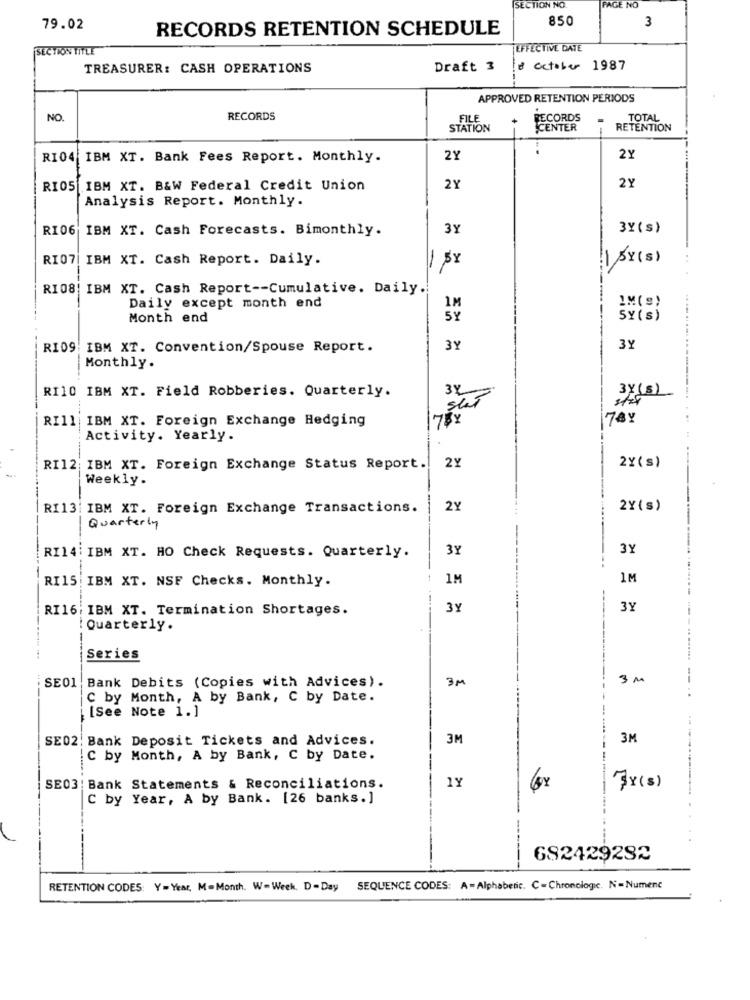
SECTION NO.
PAGE NO
850
3
79.02
RECORDS RETENTION SCHEDULE
SECTION TITLE
EFFECTIVE DATE
TREASURER: CASH OPERATIONS
Draft 3
8 octabo 1987
APPROVED RETENTION PERIODS
NO.
RECORDS
FILE
RECORDS
TOTAL
STATION
CENTER
RETENTION
RI04 IBM XT. Bank Fees Report. Monthly.
2Y
2Y
RI05 IBM XT. B&W Federal Credit Union
2Y
2Y
Analysis Report. Monthly.
RI06 IBM XT. Cash Forecasts. Bimonthly.
3Y
3Y( s)
RI07| IBM XT. Cash Report. Daily.
-
1 AY(S)
..
RI08: IBM XT. Cash Report -- Cumulative. Daily.
-
Daily except month end
IM(S)
Month end
SY (s )
RI09 IBM XT. Convention/Spouse Report.
3Y
3Y
.......
Monthly.
RI10 IBM XT. Field Robberies. Quarterly.
34
stat
3Y(5)
RI11 IBM XT. Foreign Exchange Hedging
7BY
78Y
Activity. Yearly.
2Y
2Y( s)
RI12 IBM XT. Foreign Exchange Status Report.
Weekly.
RI13: IBM XT. Foreign Exchange Transactions.
2Y
2Y(s)
Quarterly
3Y
3Y
RI14 IBM XT. HO Check Requests. Quarterly.
RI15: IBM XT. NSF Checks. Monthly.
1M
1M
RI16: IBM XT. Termination Shortages.
3Y
3Y
---
: Quarterly.
Series
SE01 Bank Debits (Copies with Advices).
3M
3 M
C by Month, A by Bank, C by Date.
[See Note 1.]
SE02. Bank Deposit Tickets and Advices.
3M
3M
C by Month, A by Bank, C by Date.
1Y
SE03: Bank Statements & Reconciliations.
7Y(s)
C by Year, A by Bank. [26 banks. ]
682429282
--
RETENTION CODES: Y=Year, M=Month. W-Week. D-Day SEQUENCE CODES: A-Alphabetic. C- Chronologic. N=Numenc